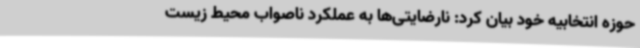
حوزه انتخابیه خود بیان کرد: نارضایتی‌ها به عملکرد ناصواب محیط زیست